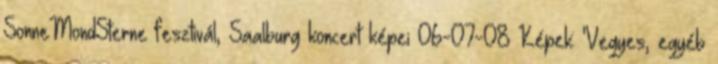
SonneMondSterne fesztivál, Saalburg koncert képei 06-07-08 Képek: 'Vegyes, egyéb